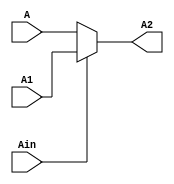
`timescale 1ns / 1ps
module Ainvert(A,A1,Ain,A2);
	input A,A1;
	input Ain;
	output A2;
	
	assign A2 = Ain? A1:A;


endmodule